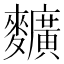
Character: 𪍿